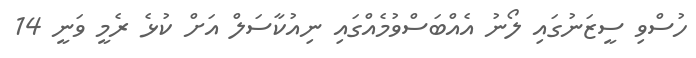
ހުސްވި ސީޒަނުގައި ލޯނު އެއްބަސްވުމެއްގައި ނިއުކާސަލް އަށް ކުޅެ ރެމީ ވަނީ 14